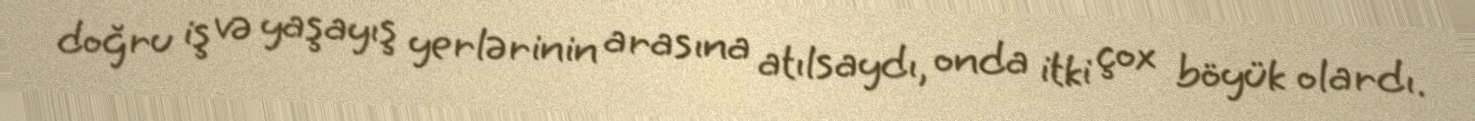
doğru iş və yaşayış yerlərinin arasına atılsaydı, onda itki çox böyük olardı.